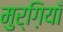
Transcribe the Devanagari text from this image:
मुर्ग़ियाँ